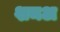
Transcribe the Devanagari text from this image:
शमअ